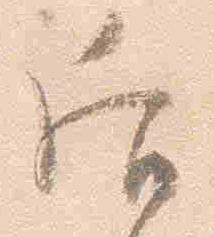
后